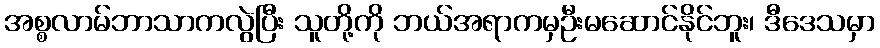
အစ္စလာမ်ဘာသာကလွဲပြီး သူတို့ကို ဘယ်အရာကမှဦးမဆောင်နိုင်ဘူး၊ ဒီဒေသမှာ